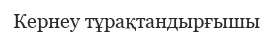
Кернеу тұрақтандырғышы